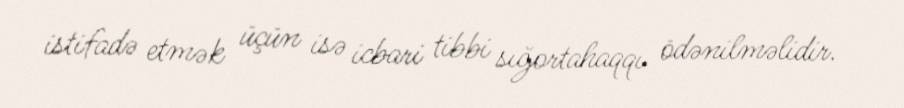
istifadə etmək üçün isə icbari tibbi sığortahaqqı ödənilməlidir.